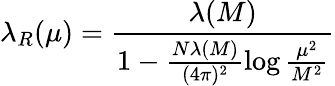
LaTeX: \lambda_{R}(\mu)=\frac{\lambda(M)}{1-\frac{N\lambda(M)}{(4\pi)^{2}}\log\frac{\mu^{2}}{M^{2}}}